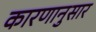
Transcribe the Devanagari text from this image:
कारणानुसार